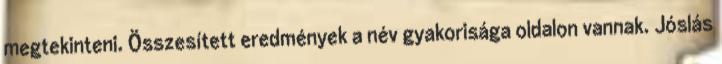
megtekinteni. Összesített eredmények a név gyakorisága oldalon vannak. Jóslás